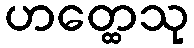
ဟတ္ထေသု